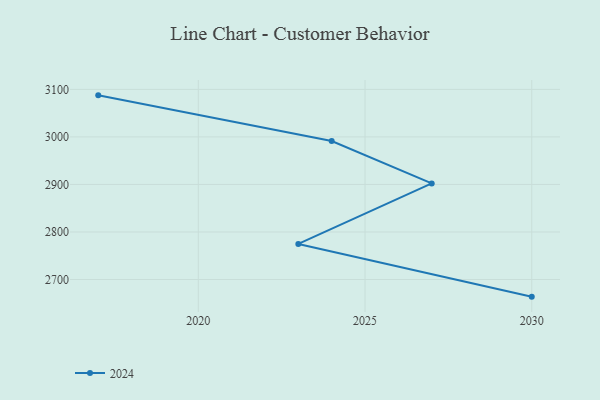
{"axis": {"x": "Year", "y": "Gross Profit (USD K)"}, "legend": ["2024"], "data": [{"x": "2030", "y": 2663.9, "type": "2024"}, {"x": "2023", "y": 2774.9, "type": "2024"}, {"x": "2027", "y": 2902.1, "type": "2024"}, {"x": "2024", "y": 2991.3, "type": "2024"}, {"x": "2017", "y": 3087.5, "type": "2024"}]}